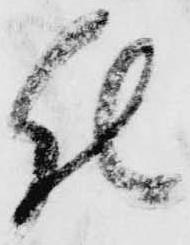
仕